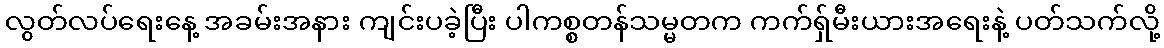
လွတ်လပ်ရေးနေ့ အခမ်းအနား ကျင်းပခဲ့ပြီး ပါကစ္စတန်သမ္မတက ကက်ရှ်မီးယားအရေးနဲ့ ပတ်သက်လို့